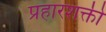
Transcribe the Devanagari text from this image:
प्रहारशक्ती